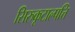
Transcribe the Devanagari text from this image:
सिरुकूटाल्पत्ति